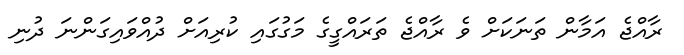
ރާއްޖެ އަމާން ތަނަކަށް ވެ ރާއްޖެ ތަރައްގީގެ މަގުގައި ކުރިއަށް ދުއްވައިގަންނަ ދުނި